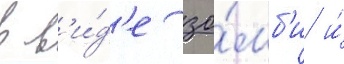
в в'и́д'е зо́мб'и и́